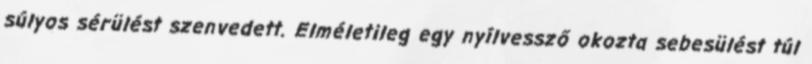
súlyos sérülést szenvedett. Elméletileg egy nyílvessző okozta sebesülést túl